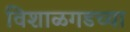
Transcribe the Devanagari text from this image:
विशाळगडच्या